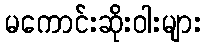
မကောင်းဆိုးဝါးများ